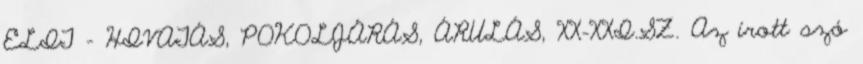
ELIT - HIVATÁS, POKOLJÁRÁS, ÁRULÁS, XX-XXI.SZ. Az írott szó